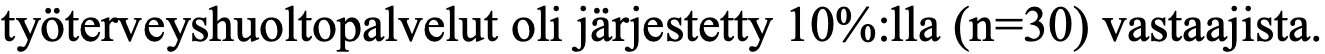
työterveyshuoltopalvelut oli järjestetty 10%:lla (n=30) vastaajista.